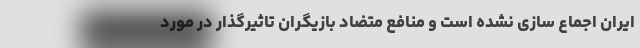
ایران اجماع سازی نشده است و منافع متضاد بازیگران تاثیرگذار در مورد